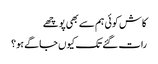
کاش کوئی ہم سے بھی پوچھے
رات گئے تک کیوں جاگے ہو؟